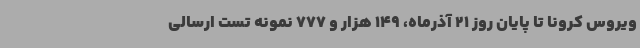
ویروس کرونا تا پایان روز 21 آذرماه، 149 هزار و 777 نمونه تست ارسالی